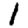
Digit: 1